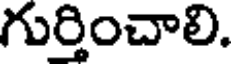
గుర్తించాలి.